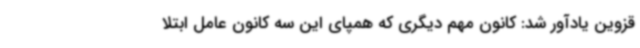
قزوین یادآور شد: کانون مهم دیگری که همپای این سه کانون عامل ابتلا